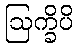
ဩက္ခိပိ